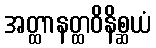
အတ္ထာနတ္ထဝိနိစ္ဆယံ